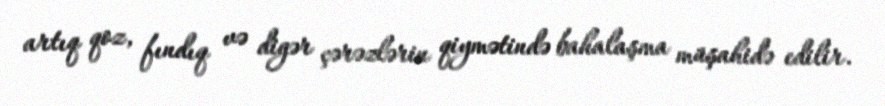
artıq qoz, fındıq və digər çərəzlərin qiymətində bahalaşma müşahidə edilir.